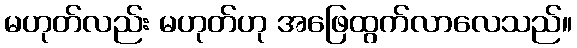
မဟုတ်လည်း မဟုတ်ဟု အဖြေထွက်လာလေသည်။